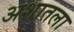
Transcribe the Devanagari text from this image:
अशातला